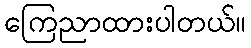
ကြေညာထားပါတယ်။